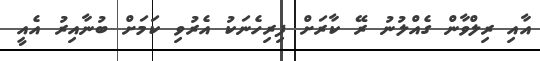
އާއި ރިލްވާން ގެއްލުނު ރޭ ކާރަށް ފިރިހެނަކު އެރުވި ކަމަށް ބުނާއިރު އެއީ